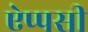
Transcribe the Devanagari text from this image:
ऐप्पसी